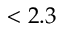
< 2 . 3